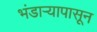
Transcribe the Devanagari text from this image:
भंडाऱ्यापासून